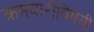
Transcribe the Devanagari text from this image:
क्रमवारीविषयी